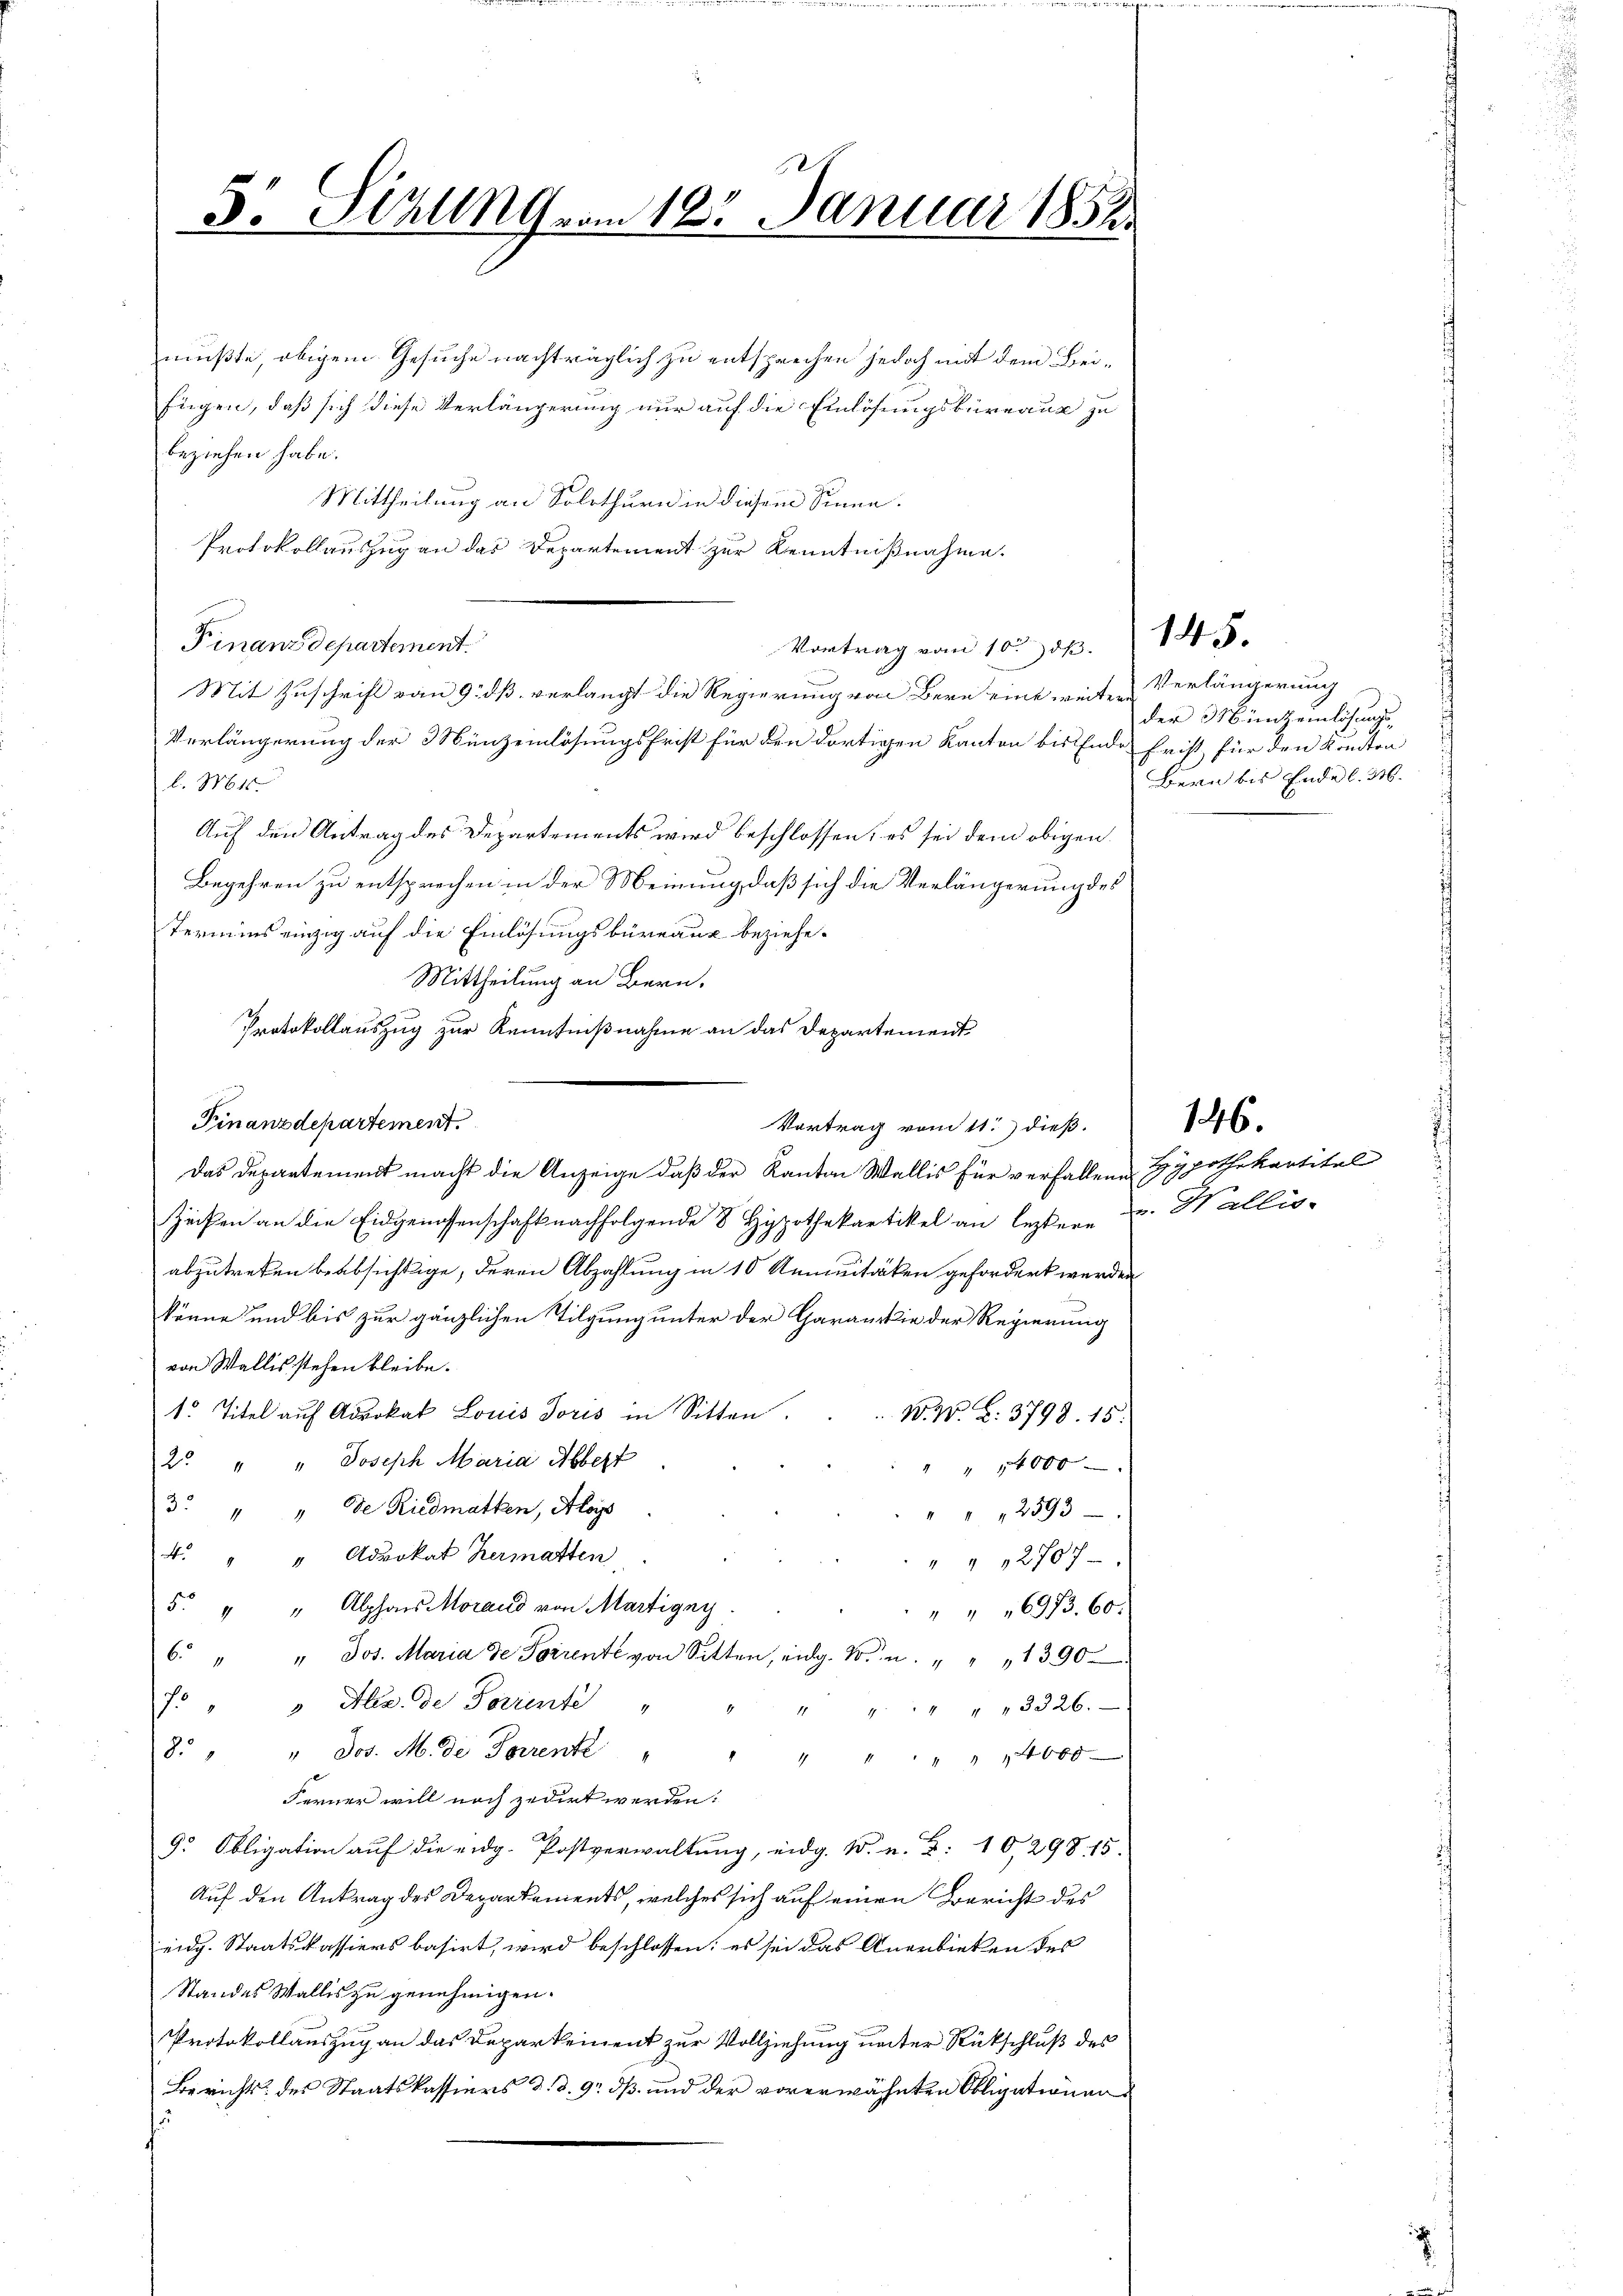
5. Sirung vom 18. Januar 1852.

mußte, obigem Gesuche nachträglich zu entsprechen jedoch mit dem Bei¬
Eugen, daß sich diese Verlängerung nur auf die Einlösungsbüreaus zu
beziehen habe.
Mittheilung an Solothurn in diesem Sinne.
Protokollauszug an das Departement zur Kenntnißnahme.
Finanzdepartement.
Vortrag vom 10. d.
Mit Zuschrift vom 9. dß verlangt die Regierung von Bern eine weitere
Verlängerung der Münzeinlösungsfrist für den dortigen Kanton bis Ende Frist für den Kanton
l. Mt
Auf den Antrag des Departements wird beschlossen; es sei dem obigen
Begehren zu entsprechen in der Meinung, daß sich die Verlängerung des
Termins einzig auf die Einlösungsbüreaux beziehe.
Mittheilung an Bern.
Protokollauszug zur Kenntnißnahme an das Departement
Finanzdepartement
Das Departement macht die Anzeige daß der Kanton Wallis für verfallene Hypothekartikal
Zeifen an die Eidgenossenschaft nachfolgende 8 Hypothekartikel an leztere u. Wallis-
abzutreten beabsichtige, deren Abzahlung in 10 Kemnitäten gefordert werden
könne und bis zur gänzlichen Tilgung unter der Garantie der Regierung
von Wallis stehen bleibe.
1. Titel aŭf Advokat Louis Joris in Sitten . . . W. W. d: 3798. 15.
2. " Joseph Maria Abbest
" " 14000
3. " " de Riedmatten, Aloys
" " 12593
4. " " Advokat Hermatten.
" " 2707
5. " " Alphons Morand von Martigny
" " " 6933. 60.
6. " " Jos. Maria de Forrente von Sitten, eidg. K. u. " " " 1390
fo " " Hlr. de Parente
" " " " " " 3326.
.
8. " " Jos. M. de Parrenke " " " " " " " 14000
Ferner will noch zedirt werden:
9. Obligation aŭf die eidg. Postverwaltung, eidg. W. u. Z: 10,298. 15.
Auf den Antrag des Departements, welches sich auf einen Bericht des
eidg. Staatskassiers basirt, wird beschlossen; es sei das Anerbieten des
Standes Wallis zu genehmigen.
Protokollauszug an das Departement zur Vollziehung unter Rückschluß des
Bericht des Staatskassiers d. d. 9. ds. und der vorerwähnten Obligationen
s

Vortrag vom 11.) dieß.

145.

Verlängerung
der Münzheinlichungs¬
Bern bis Ende l. M.

146.